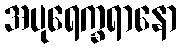
အပုရေက္ခရာနော